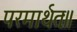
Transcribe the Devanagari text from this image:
परमार्थतः॥